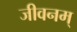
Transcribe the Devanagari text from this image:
जीवनम्‌